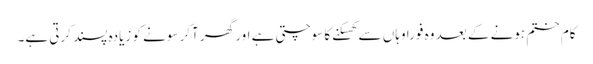
کام ختم ہونے کے بعد وہ فوراً وہاں سے کھسکنے کا سوچتی ہے اور گھر آکر سونے کو زیادہ پسند کرتی ہے۔